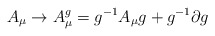
\begin{align*}A_\mu \to A^g_\mu = g^{-1} A_\mu g + g^{-1} \partial g\end{align*}